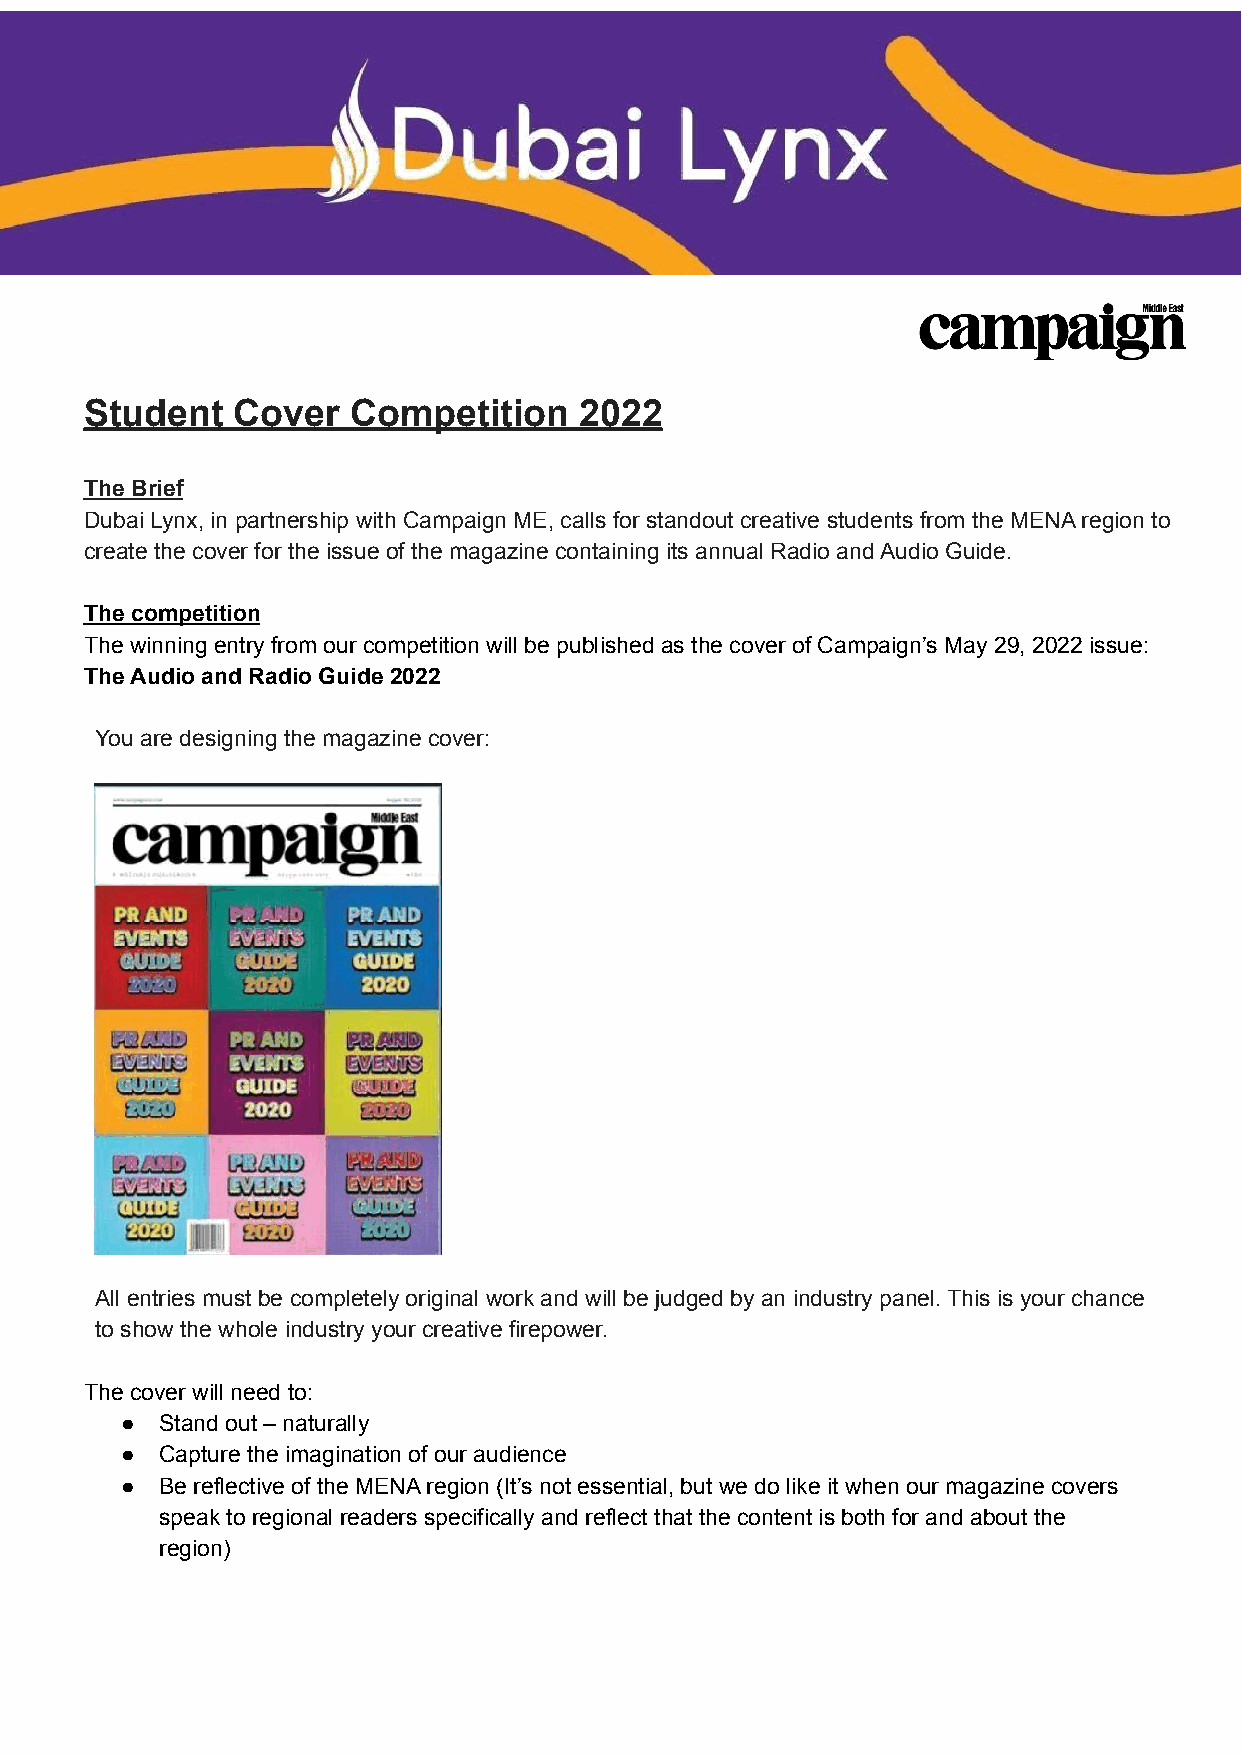
Student  Cover   Competition    2022
 The Brief
 Dubai Lynx, in partnership with Campaign ME, calls for standout creative students from the MENA region to
 create the cover for the issue of the magazine containing its annual Radio and Audio Guide.
 The competition
 The winning entry from our competition will be published as the cover of Campaign’s May 29, 2022 issue:
 The Audio and Radio Guide 2022
 You are designing the magazine cover:
 All entries must be completely original work and will be judged by an industry panel. This is your chance
 to show the whole industry your creative firepower.
 The cover will need to:
 ●  Stand out – naturally
 ●  Capture the imagination of our audience
 ●  Be reflective of the MENA region (It’s not essential, but we do like it when our magazine covers
 speak to regional readers specifically and reflect that the content is both for and about the
 region)